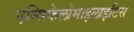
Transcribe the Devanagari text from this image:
एन्सिफेलोमाइलाइटिस